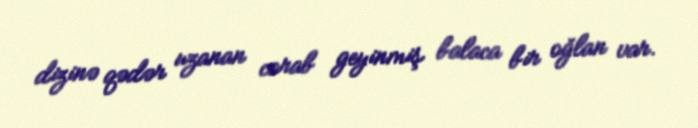
dizinə qədər uzanan corab geyinmiş balaca bir oğlan var.